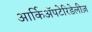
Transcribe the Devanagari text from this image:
आर्किॲपटेरिडेलीज़